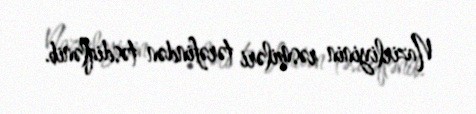
Nazirliyinin rəsmiləri tərəfindən təsdiqlənib.